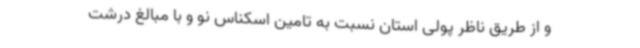
و از طریق ناظر پولی استان نسبت به تامین اسکناس نو و با مبالغ درشت